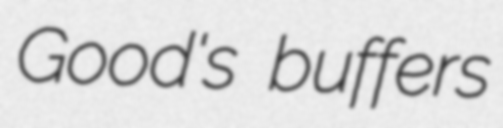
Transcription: Good's buffers